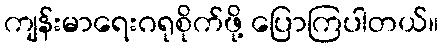
ကျန်းမာရေးဂရုစိုက်ဖို့ ပြောကြပါတယ်။